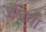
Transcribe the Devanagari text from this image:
जैतवा